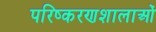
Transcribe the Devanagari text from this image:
परिष्करणशालाओं